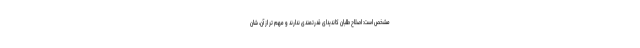
مشخص است: اصلاح طلبان کاندیدای قدرتمندی ندارند و مهم تر از آن، شان